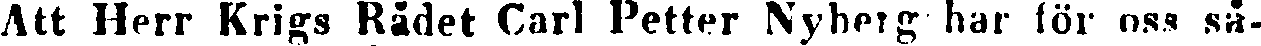
Att Herr Krigs Rådet Carl Petter Nyberg har för oss så-